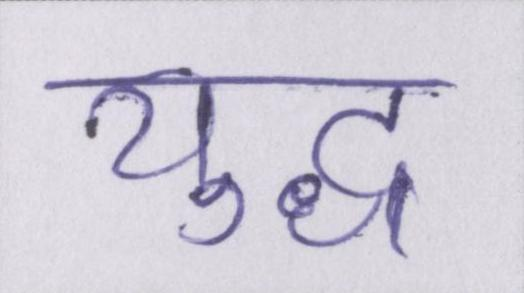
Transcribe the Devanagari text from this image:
युद्ध